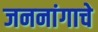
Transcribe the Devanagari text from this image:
जननांगाचे